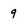
Character: 9